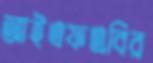
আইএফএবির